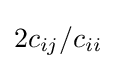
2c_{ij}/c_{ii}\